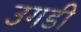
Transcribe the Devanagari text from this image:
उगडी